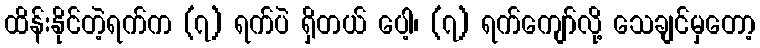
ထိန်းနိုင်တဲ့ရက်က (၇) ရက်ပဲ ရှိတယ် ပေါ့၊ (၇) ရက်ကျော်လို့ သေချင်မှတော့